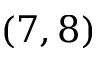
( 7 , 8 )